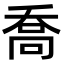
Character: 喬